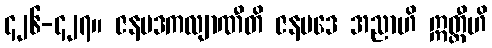
၄၂၆-၄၂၇။ ဇနပဒကလျာဏီတိ ဇနပဒေ အညာဟိ ဣတ္ထီဟိ